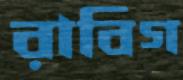
রাবিগ